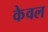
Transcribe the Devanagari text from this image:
केेवल